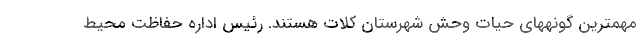
مهمترین گونههای حیات وحش شهرستان کلات هستند. رئیس اداره حفاظت محیط